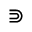
\Supset